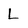
Character: L